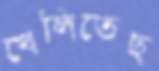
খেলিতেছ